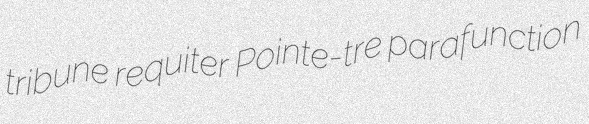
tribune requiter Pointe-tre parafunction